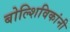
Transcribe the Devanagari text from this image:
बोल्शिविकांनी